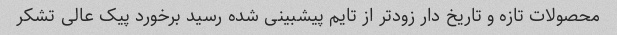
محصولات تازه و تاریخ دار زودتر از تایم پیشبینی شده رسید برخورد پیک عالی تشکر